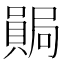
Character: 𫬊